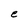
Character: e